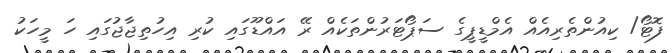
ފޮޓޯ/ ކިއުންތެރިއެއް އެމްޑީޕީގެ ސަޕޯޓަރުންތަކެއް ރޭ އައްޑޫގައި ކުރި އިހުތިޖާޖުގައި ހަ މީހަކު